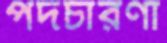
পদচারণা